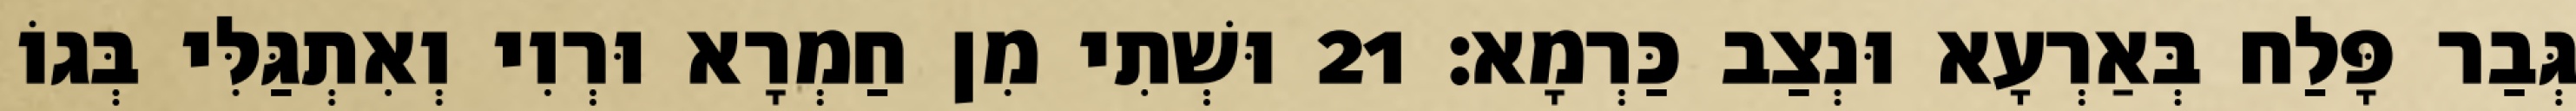
גְּבַר פָּלַח בְּאַרְעָא וּנְצַב כַּרְמָא׃ 21 וּשְׁתִי מִן חַמְרָא וּרְוִי וְאִתְגַּלִּי בְּגוֹ